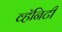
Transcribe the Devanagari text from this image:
व्हॅनिटी